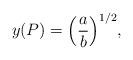
LaTeX: \begin{align*}y(P) = \Bigl ( \frac{a}{b} \Bigr )^{1/2},\end{align*}